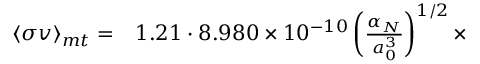
\begin{array} { r l } { \langle \sigma v \rangle _ { m t } = } & { { } 1 . 2 1 \cdot 8 . 9 8 0 \times 1 0 ^ { - 1 0 } \left( \frac { \alpha _ { N } } { a _ { 0 } ^ { 3 } } \right) ^ { 1 / 2 } \times } \end{array}